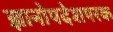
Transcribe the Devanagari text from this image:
ज्ञानोपदेशपरक